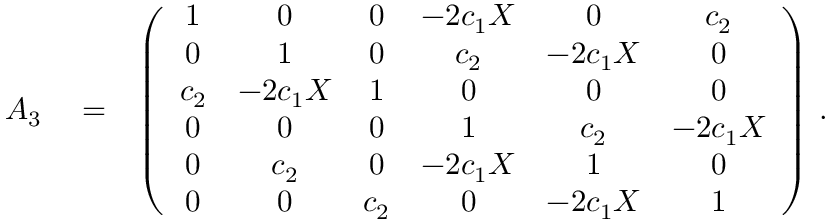
\begin{array} { r l r } { { \cal A } _ { 3 } } & { { } = } & { \left( \begin{array} { c c c c c c } { 1 } & { 0 } & { 0 } & { - 2 c _ { 1 } X } & { 0 } & { c _ { 2 } } \\ { 0 } & { 1 } & { 0 } & { c _ { 2 } } & { - 2 c _ { 1 } X } & { 0 } \\ { c _ { 2 } } & { - 2 c _ { 1 } X } & { 1 } & { 0 } & { 0 } & { 0 } \\ { 0 } & { 0 } & { 0 } & { 1 } & { c _ { 2 } } & { - 2 c _ { 1 } X } \\ { 0 } & { c _ { 2 } } & { 0 } & { - 2 c _ { 1 } X } & { 1 } & { 0 } \\ { 0 } & { 0 } & { c _ { 2 } } & { 0 } & { - 2 c _ { 1 } X } & { 1 } \end{array} \right) \, . } \end{array}